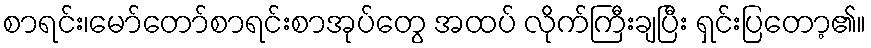
စာရင်း၊မော်တော်စာရင်းစာအုပ်တွေ အထပ် လိုက်ကြီးချပြီး ရှင်းပြတော့၏။